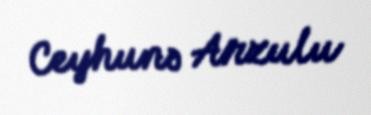
Ceyhunə Arzulu